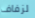
لزفاف